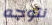
نتوجه